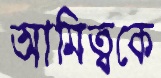
আমিত্বকে